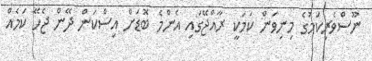
ނޫސްވެރިކަމުގެ މިނިވަން ކަމަކީ ރާއްޖޭގައި އެންމެ ބޮޑަށް އިސްކަން ދޭން ޖެހޭ ކަމެއް